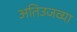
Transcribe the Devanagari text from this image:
अतिउजव्या